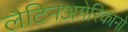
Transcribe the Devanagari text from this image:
लैटिनअमेरिकानो